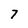
Character: 7